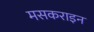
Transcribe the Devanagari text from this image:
मसकराइन